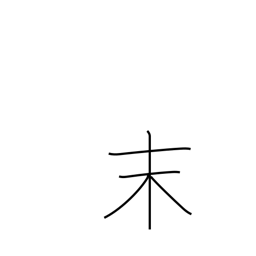
Meaning: powder